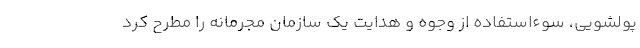
پولشویی، سوءاستفاده از وجوه و هدایت یک سازمان مجرمانه را مطرح کرد